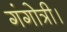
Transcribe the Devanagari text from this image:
गंगोत्री।